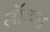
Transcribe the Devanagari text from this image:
लॉडस